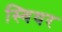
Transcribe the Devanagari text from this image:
स्वियर